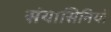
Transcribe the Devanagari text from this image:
संयासिनियों